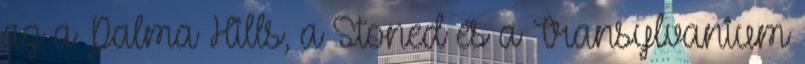
az a Palma Hills, a Stoned és a Transylvanium